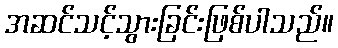
အဆင်သင့်သွားခြင်းဖြစ်ပါသည်။